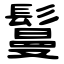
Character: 鬘